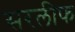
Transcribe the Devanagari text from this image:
सरलीफ